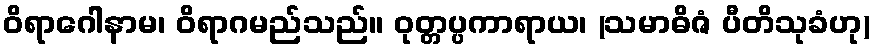
ဝိရာဂေါနာမ၊ ဝိရာဂမည်သည်။ ဝုတ္တပ္ပကာရာယ၊ (သမာဓိဇံ ပီတိသုခံဟု)